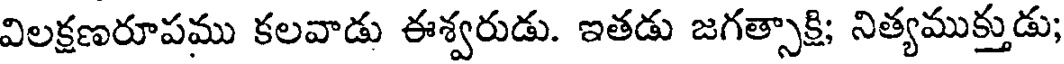
విలక్షణరూపము కలవాడు ఈశ్వరుడు. ఇతడు జగత్సాక్షి; నిత్యముక్తుడు;